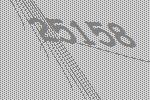
25158